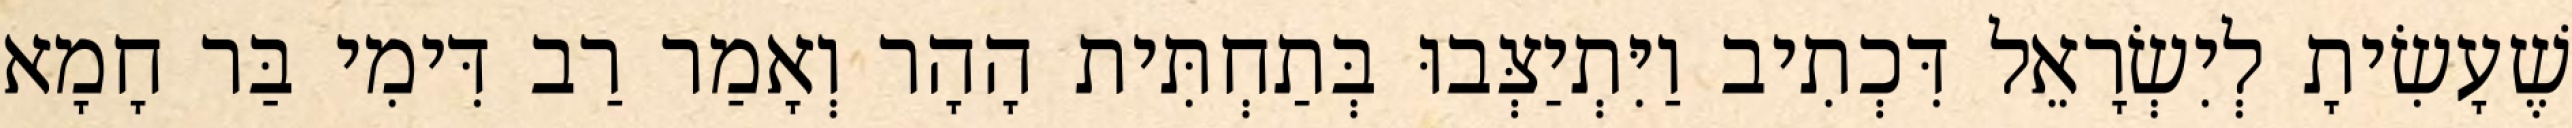
שֶׁעָשִׂיתָ לְיִשְׂרָאֵל דִּכְתִיב וַיִּתְיַצְּבוּ בְּתַחְתִּית הָהָר וְאָמַר רַב דִּימִי בַּר חָמָא